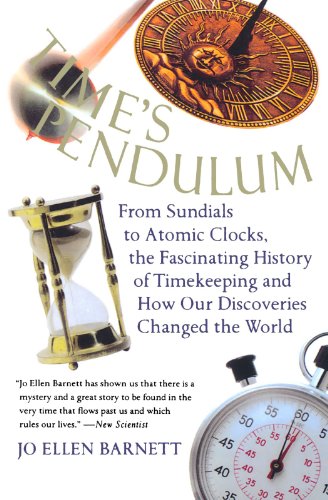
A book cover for Time's Pendulum: From Sundials to Atomic Clocks, the Fascinating History of Timekeeping and How Our Discoveries Changed the World; Jo Ellen Barnett; Science & Math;